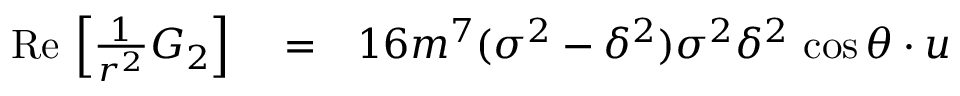
\begin{array} { r l r } { \mathrm { R e } \, \left[ \frac { 1 } { r ^ { 2 } } G _ { 2 } \right] } & { { } = } & { 1 6 m ^ { 7 } ( \sigma ^ { 2 } - \delta ^ { 2 } ) \sigma ^ { 2 } \delta ^ { 2 } \, \cos \theta \cdot u } \end{array}